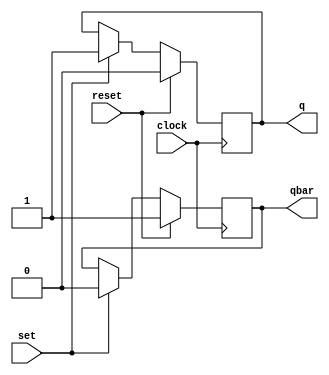
module sr_flipflop (
    input wire clock,
    input wire reset,
    input wire set,
    output reg q,
    output reg qbar
);

always @(posedge clock) begin
    if (reset) begin
        q <= 0;
        qbar <= 1;
    end else if (set) begin
        q <= 1;
        qbar <= 0;
    end
end

endmodule